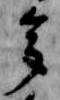
多